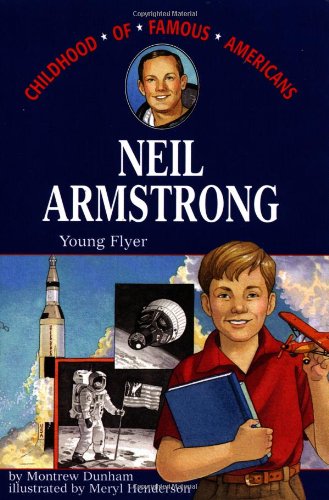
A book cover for Neil Armstrong: Young Flyer (Childhood of Famous Americans); Montrew Dunham; Children's Books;